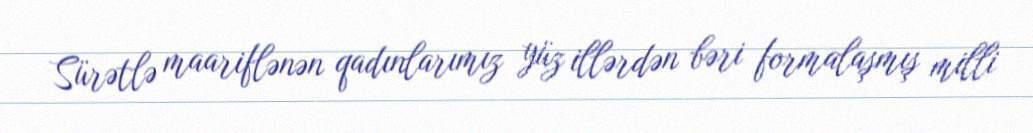
Sürətlə maariflənən qadınlarımız yüz illərdən bəri formalaşmış milli